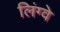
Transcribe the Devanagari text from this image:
लिंग्वे